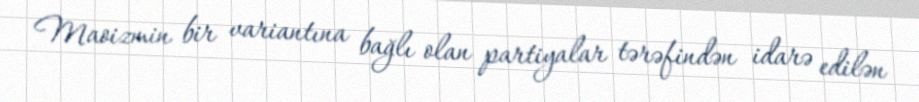
Maoizmin bir variantına bağlı olan partiyalar tərəfindən idarə edilən